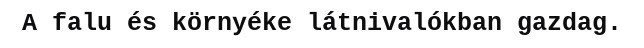
A falu és környéke látnivalókban gazdag.